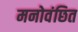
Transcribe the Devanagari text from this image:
मनोवंछित